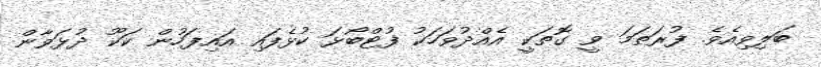
ބަލިވިއެވެ. ފުރަތަމަ ވީ ގޮތަކީ އެއްދުވަހަކު ފުޓްބޯޅަ ކުޅެފައި އައިފަހުން ކަކޫ ދުޅަވާން